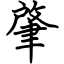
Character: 肇